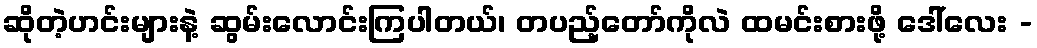
ဆိုတဲ့ဟင်းများနဲ့ ဆွမ်းလောင်းကြပါတယ်၊ တပည့်တော်ကိုလဲ ထမင်းစားဖို့ ဒေါ်လေး -